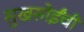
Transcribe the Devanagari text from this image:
सुखसोईंची